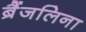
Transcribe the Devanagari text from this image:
ब्रैंजलिना